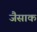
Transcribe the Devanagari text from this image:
जैसाक